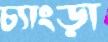
চ্যাংড়া